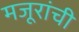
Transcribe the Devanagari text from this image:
मजूरांची